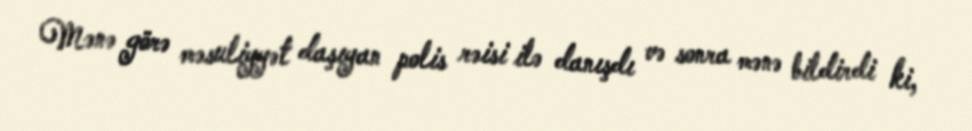
Mənə görə məsuliyyət daşıyan polis rəisi ilə danışdı və sonra mənə bildirdi ki,